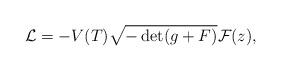
LaTeX: \begin{align*}{\cal L} = - V(T) \sqrt{- \det (g + F) } {\cal F}(z), \end{align*}